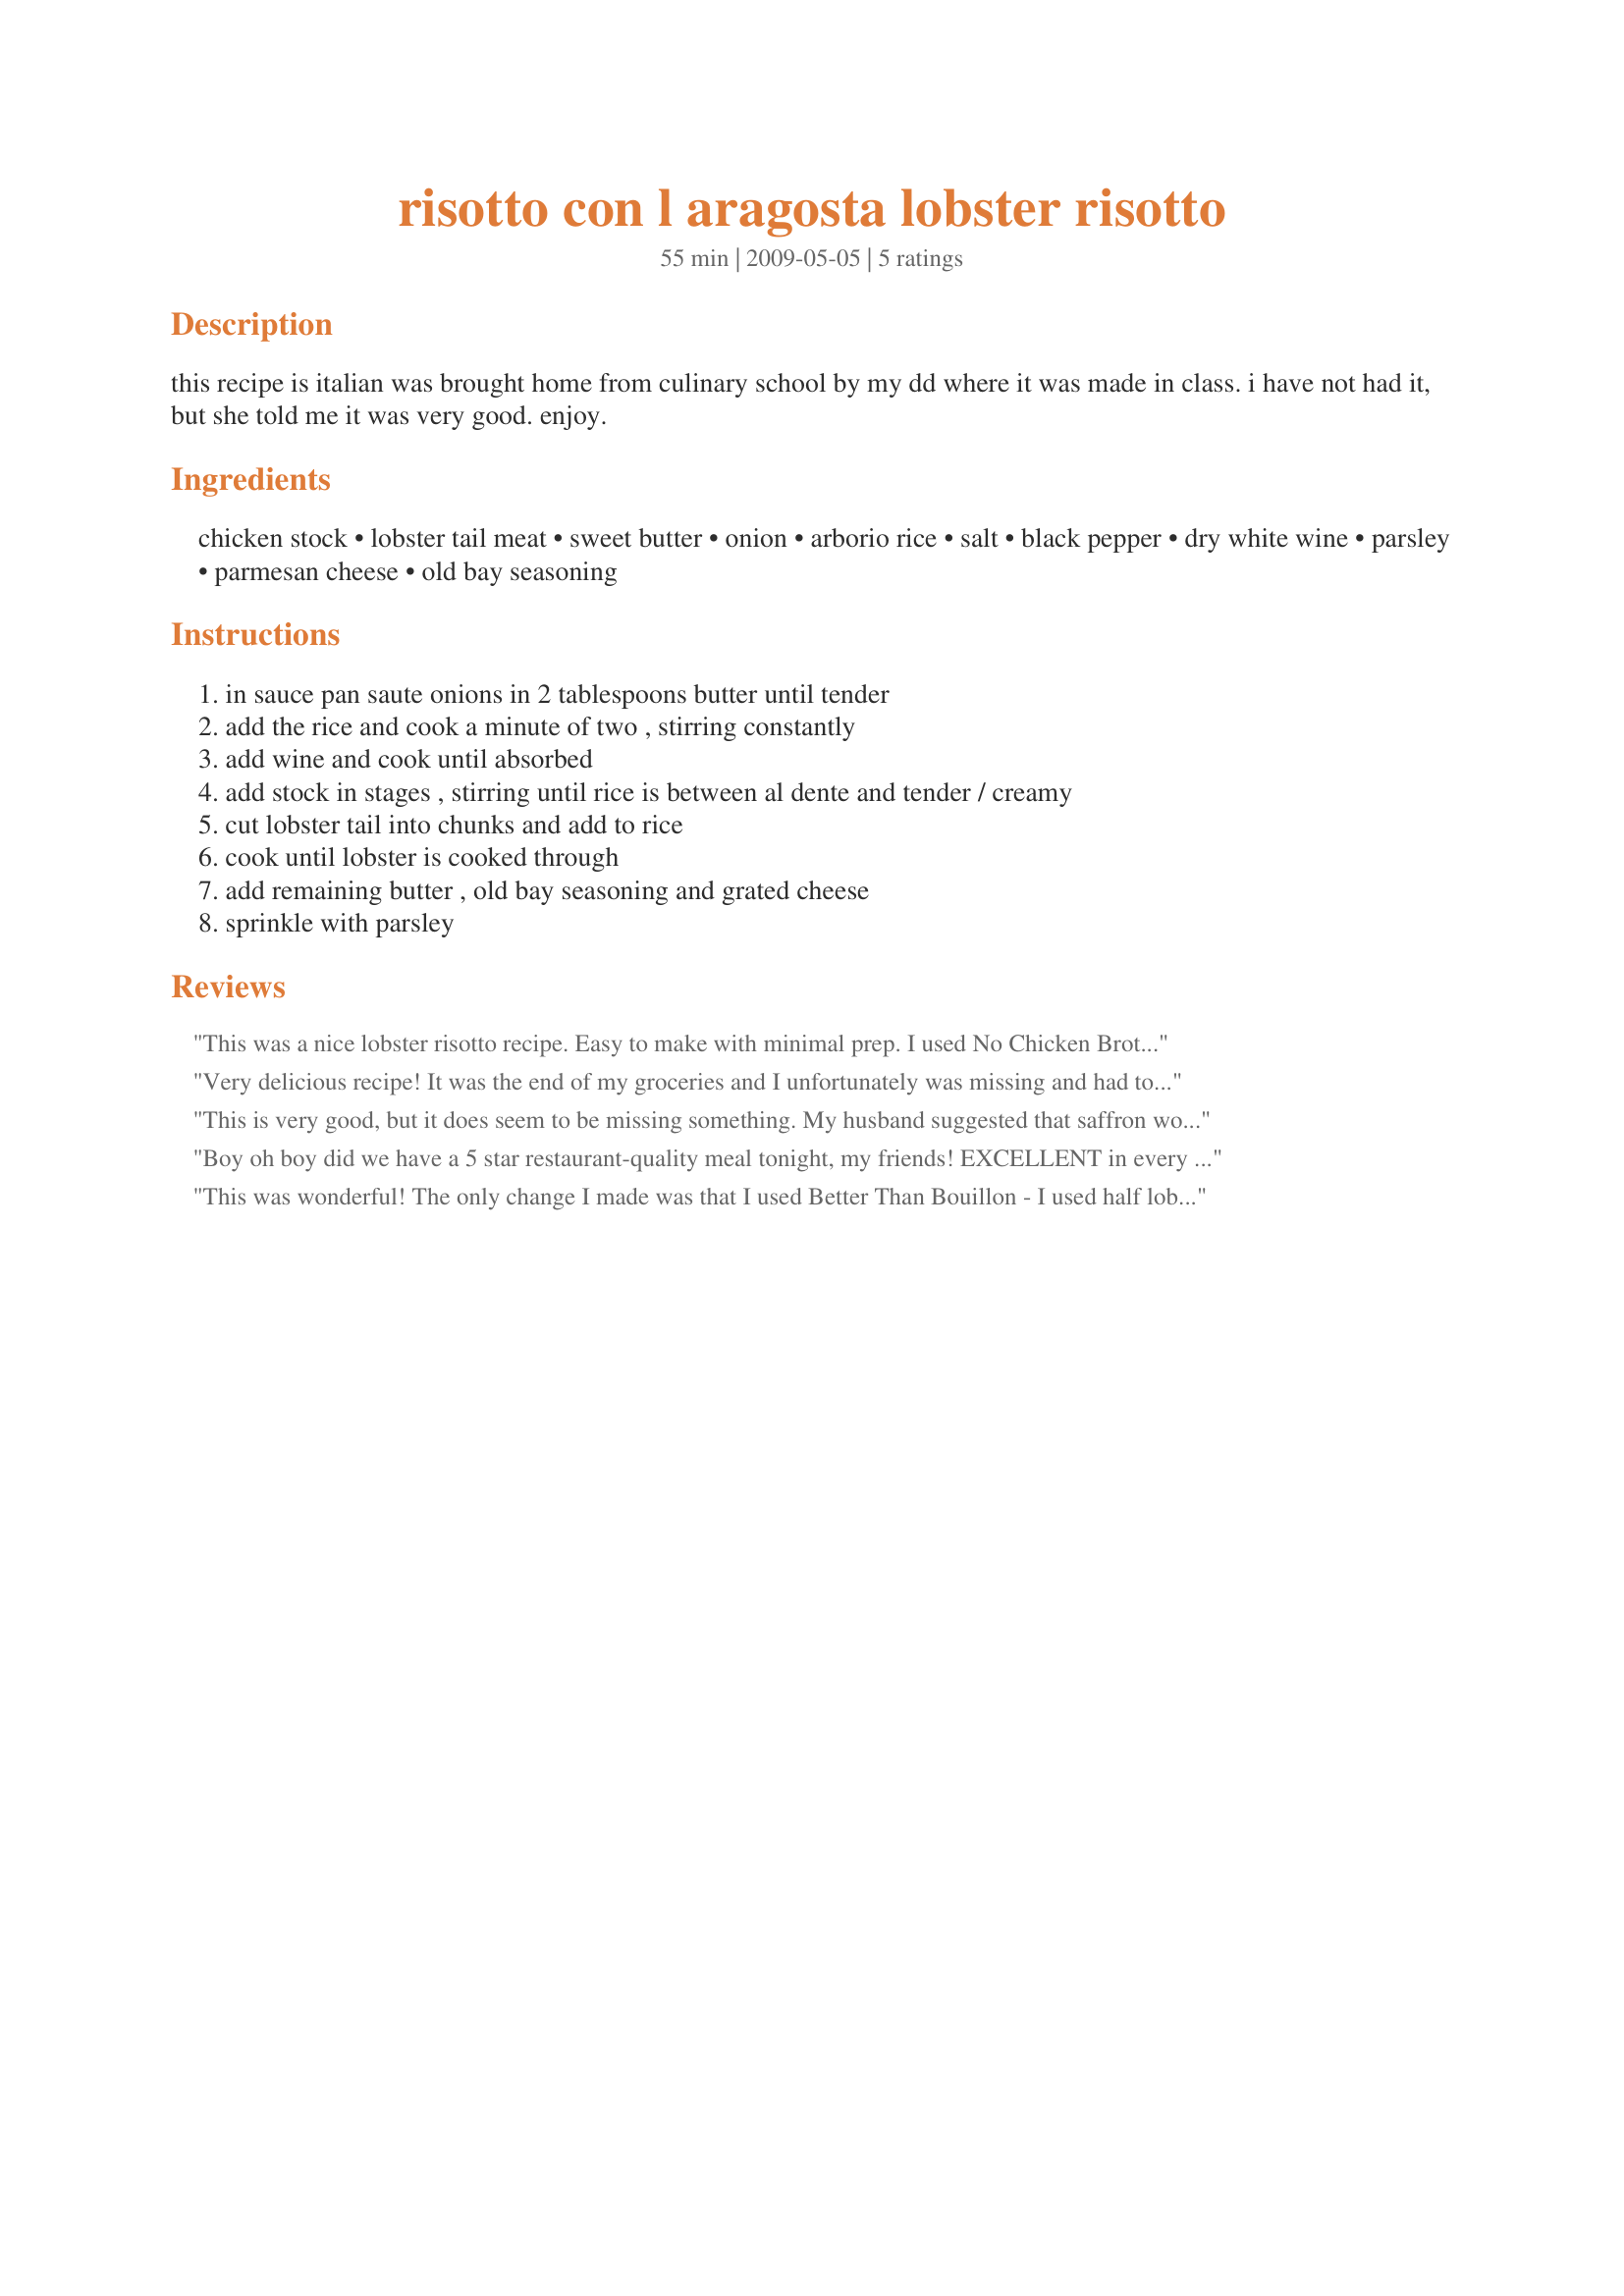
risotto con l aragosta lobster risotto
Preparation time: 55 minutes

this recipe is italian was brought home from culinary school by my dd where it was made in class. i have not had it, but she told me it was very good. enjoy.

Ingredients:
chicken stock, lobster tail meat, sweet butter, onion, arborio rice, salt, black pepper, dry white wine, parsley, parmesan cheese, old bay seasoning

Steps:
in sauce pan saute onions in 2 tablespoons butter until tender
add the rice and cook a minute of two , stirring constantly
add wine and cook until absorbed
add stock in stages , stirring until rice is between al dente and tender / creamy
cut lobster tail into chunks and add to rice
cook until lobster is cooked through
add remaining butter , old bay seasoning and grated cheese
sprinkle with parsley

Reviews:
This was a nice lobster risotto recipe. Easy to make with minimal prep. I used No Chicken Broth, a vegetarian chicken broth substitute. Like other reviewers indicated, the risotto does need seasoning. Old Bay, as suggested, was helpful. Thanks!
Very delicious recipe! It was the end of my groceries and I unfortunately was missing and had to sub a few things. I used crab meat instead of lobster and vegetable oil in place of the butter. Also, I used half vermouth and half water instead of all white wine. It turned out incredibly though. A delicious Risotto I would definitely make again. Thank you! Made for Potluck Tag.
This is very good, but it does seem to be missing something. My husband suggested that saffron would enhance the flavor. I also had to add salt at the table. Maybe we'll try adding some mushrooms next time. We used lobster stock instead of chicken stock and I will continue to make it with lobster stock, as it enhances the lobster flavor. Thank you for posting this.
Boy oh boy did we have a 5 star restaurant-quality meal tonight, my friends! EXCELLENT in every way. Followed recipe to a "T". In the end, I added a few dashes of old bay seasoning to give the flavor an ever so slight bump (highly recommend). And DO NOT skip the fresh parsley at the end. I am not a fan of parsley, but I went ahead and added it and it was the PERFECT complement of flavor to the dish. Thanks so much for posting. This recipe is a great romantic meal, as it is truly a labor of love! Made for photo tag.
This was wonderful! The only change I made was that I used Better Than Bouillon - I used half lobster stock and half chicken stock. I just discovered their products and I am in love! Oh, and I also added a couple dashes of Old Bay.
